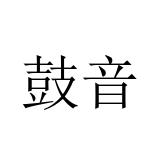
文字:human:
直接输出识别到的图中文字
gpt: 鼓音